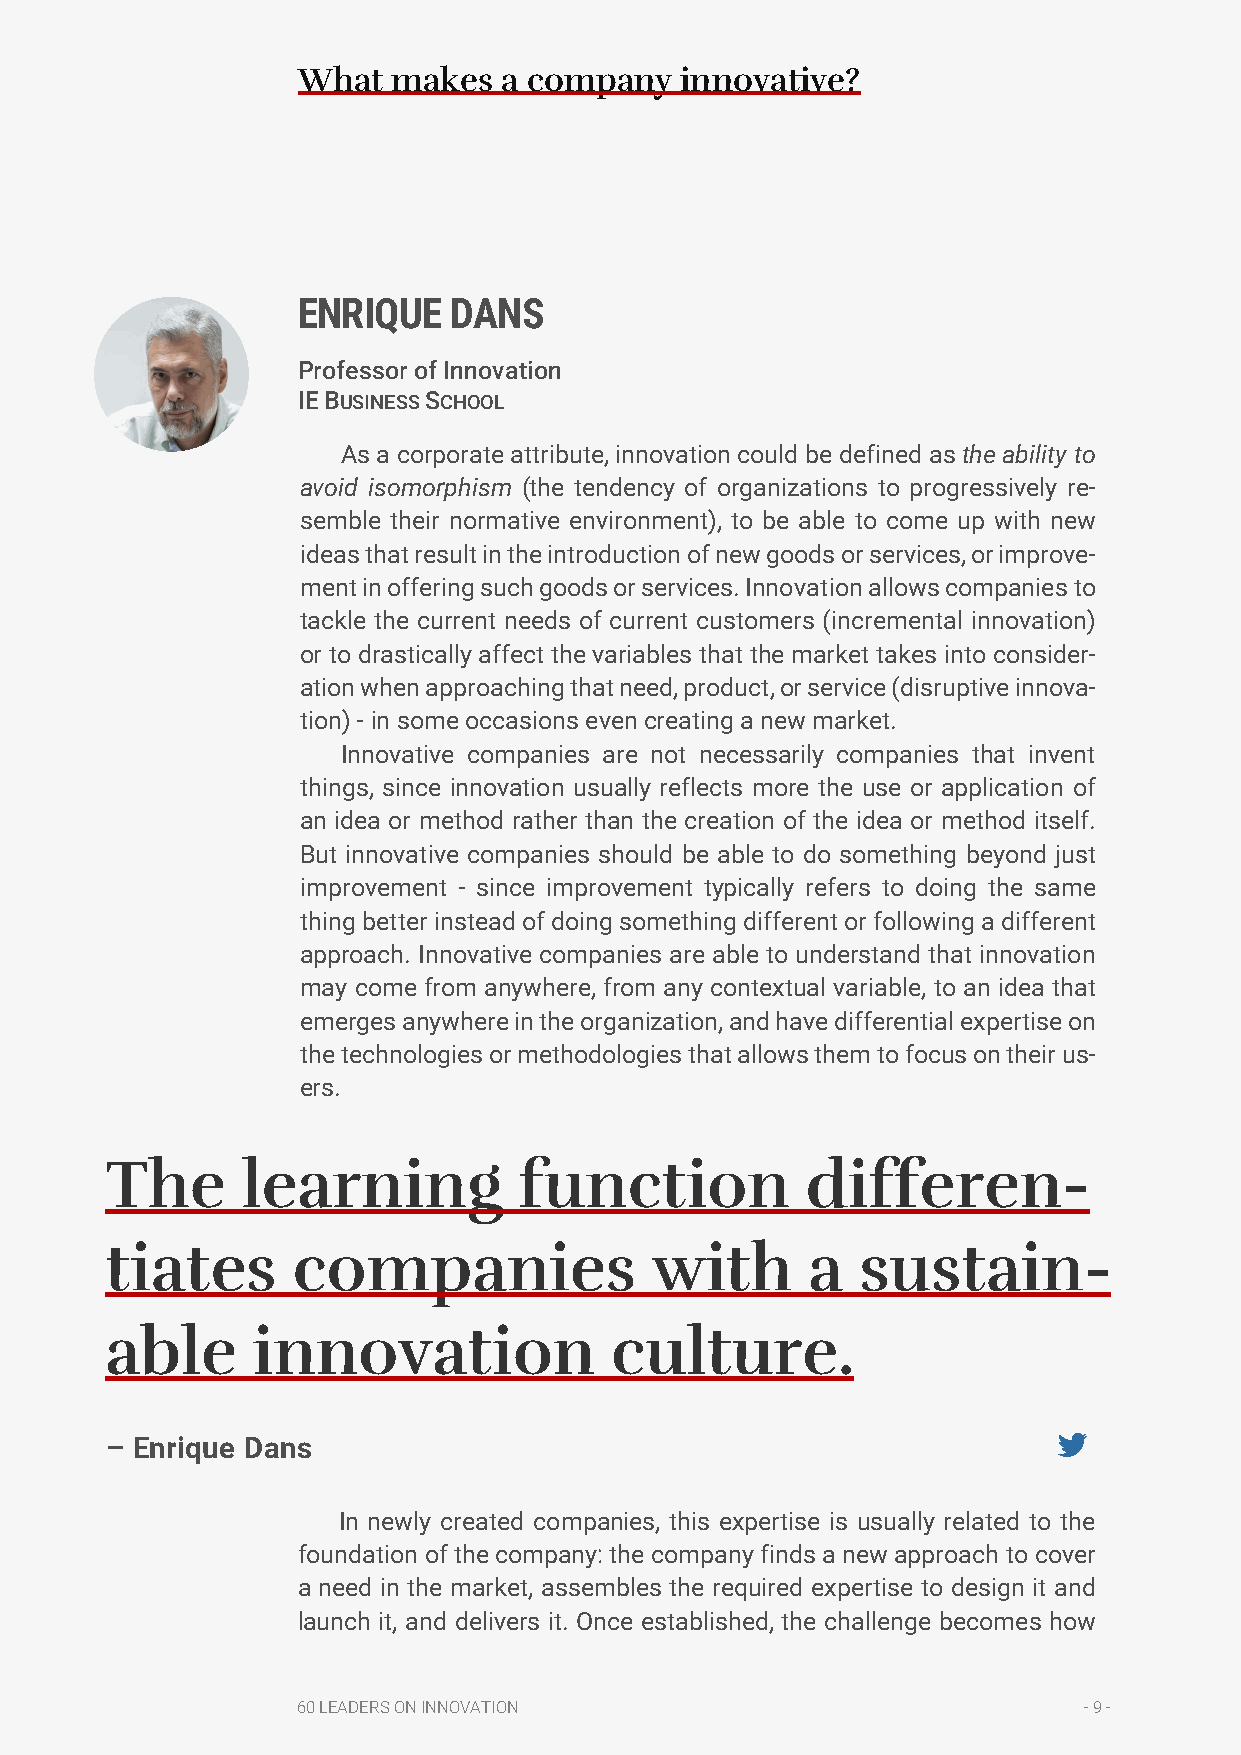
What  makes  a company   innovative?
 ENRIQUE   DANS
 Professor of Innovation
 IE BUSINESS SCHOOL
 As a corporate attribute, innovation could be defined as the ability to
 avoid isomorphism (the tendency of organizations to progressively re-
 semble their normative environment), to be able to come up with new
 ideas that result in the introduction of new goods or services, or improve-
 ment in offering such goods or services. Innovation allows companies to
 tackle the current needs of current customers (incremental innovation)
 or to drastically affect the variables that the market takes into consider-
 ation when approaching that need, product, or service (disruptive innova-
 tion) - in some occasions even creating a new market.
 Innovative companies are not necessarily companies that invent
 things, since innovation usually reflects more the use or application of
 an idea or method rather than the creation of the idea or method itself.
 But innovative companies should be able to do something beyond just
 improvement - since improvement typically refers to doing the same
 thing better instead of doing something different or following a different
 approach. Innovative companies are able to understand that innovation
 may come from anywhere, from any contextual variable, to an idea that
 emerges anywhere in the organization, and have differential expertise on
 the technologies or methodologies that allows them to focus on their us-
 ers.
 The      learning          function           differen-
 tiates      companies               with      a   sustain-
 able      innovation             culture.
 – Enrique Dans
 In newly created companies, this expertise is usually related to the
 foundation of the company: the company finds a new approach to cover
 a need in the market, assembles the required expertise to design it and
 launch it, and delivers it. Once established, the challenge becomes how
 60 LEADERS ON INNOVATION                            - 9 -